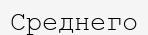
Среднего